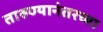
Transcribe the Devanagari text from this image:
तारुण्यानंतरच्या